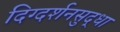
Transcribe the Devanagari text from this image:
दिग्दर्शनसुद्धा